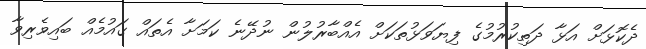
ދެކޮޅަށް އަޅާ ދަތިކުރުމުގެ ފިޔަވަޅުތަކަށް އެއްބާރުލުން ނުދޭނެ ކަމަށާ އެތައް ގައުމެއް ބައިވެރިވާ